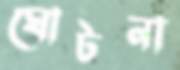
ঘোটনা